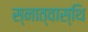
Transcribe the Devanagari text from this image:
स्नात्वास्थि